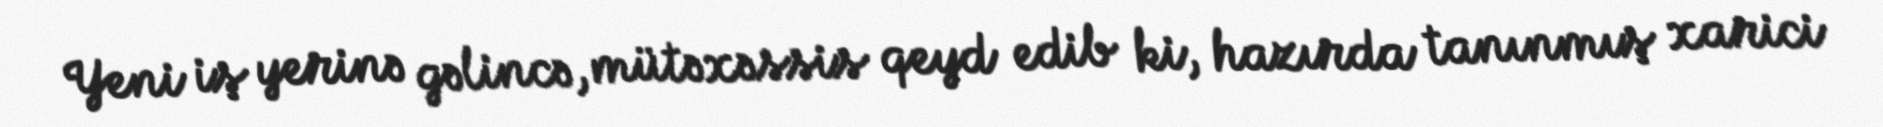
Yeni iş yerinə gəlincə, mütəxəssis qeyd edib ki, hazırda tanınmış xarici